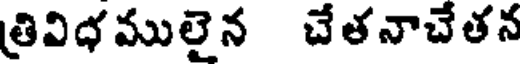
త్రివిధములైన చేతనాచేతన